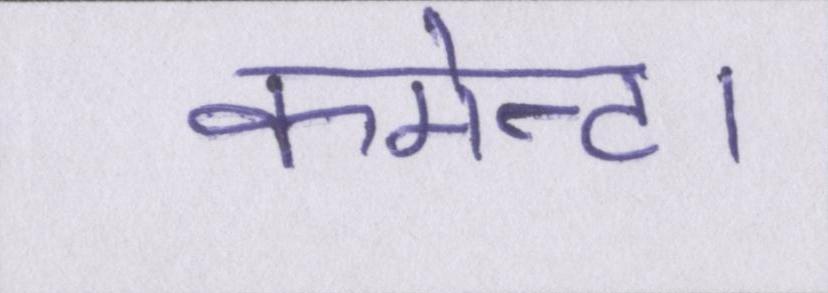
कमेन्ट।